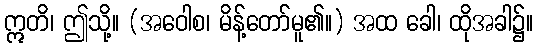
ဣတိ၊ ဤသို့။ (အဝေါစ၊ မိန့်တော်မူ၏။) အထ ခေါ၊ ထိုအခါ၌။